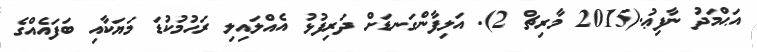
އަޙްމަދު ނާފިޢު.(2015 މާރިޗް 2). އަލިފާންގަނޑަށް ދަރިފުޅު އެއްލައިލި ރަހުމުކުޑަ މަޔަކާއި ބަފައެއްގެ